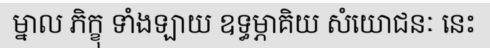
ម្នាល ភិក្ខុ ទាំងឡាយ ឧទ្ធម្ភាគិយ សំយោជនៈ នេះ